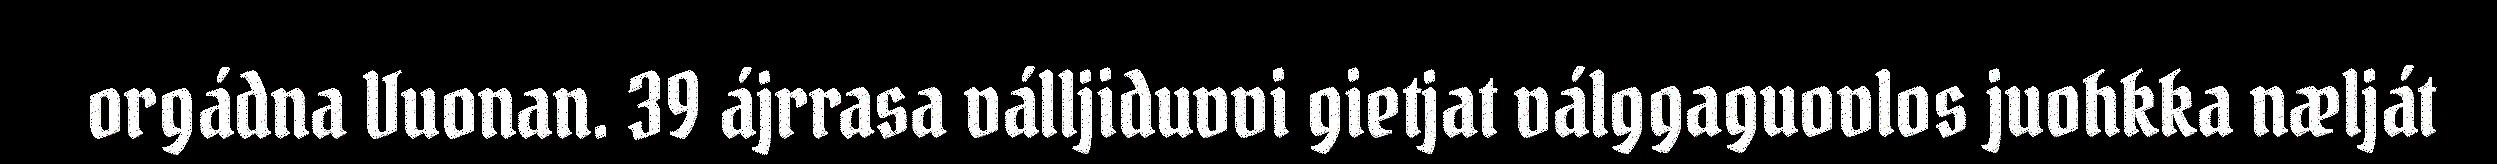
orgádna Vuonan. 39 ájrrasa válljiduvvi gietjat válggaguovlos juohkka nælját